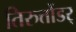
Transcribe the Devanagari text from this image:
तिरुत्तोंडर्